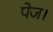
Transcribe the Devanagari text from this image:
पेज।